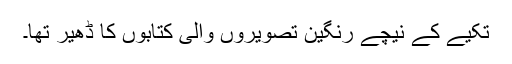
تکیے کے نیچے رنگین تصویروں والی کتابوں کا ڈھیر تھا۔